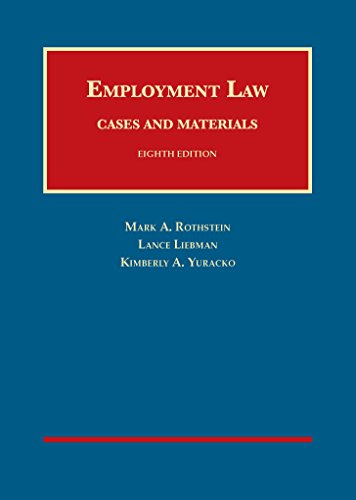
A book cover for Employment Law Cases and Materials (University Casebook Series); Mark Rothstein; Law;